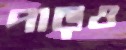
পাড়ও